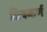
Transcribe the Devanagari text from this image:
शिवकर्ण